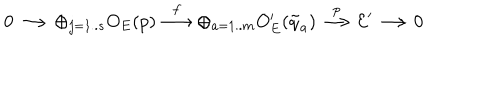
0 \longrightarrow \oplus _ { j = 1 . . s } O _ { E } ( p ) \stackrel { f } { \longrightarrow } \oplus _ { a = 1 . . m } O _ { E } ^ { \prime } ( { \tilde { q } _ { a } } ) \stackrel { p } { \longrightarrow } { \cal E ^ { \prime } } \longrightarrow 0